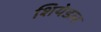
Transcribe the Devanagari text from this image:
शियेडल